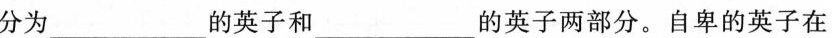
分为 ___的英子和___的英子两部分。自卑的英子在